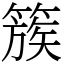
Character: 簇